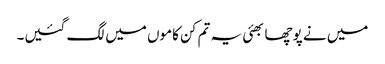
میں نے پوچھا بھئی یہ تم کن کاموں میں لگ گئیں۔